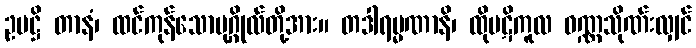
ဥပဋ္ဌိ တာနံ၊ ထင်ကုန်သောပုဂ္ဂိုလ်တို့အား။ တဒါရမ္မဏာနိ၊ ထိုပဋိကူလ ဝဏ္ဏသိုဏ်းလျှင်